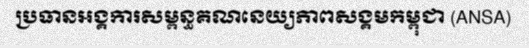
ប្រធានអង្គការសម្ពន្ធគណនេយ្យភាពសង្គមកម្ពុជា (ANSA)